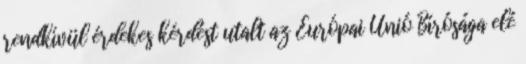
rendkívül érdekes kérdést utalt az Európai Unió Bírósága elé